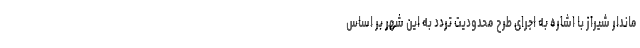
ماندار شیراز با اشاره به اجرای طرح محدودیت تردد به این شهر بر اساس